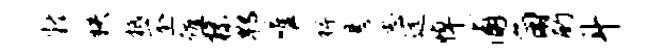
疑秩柢丕殖操郫唯裨悬志远悼浦角酌斗